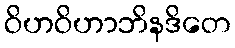
ဝိဟဝိဟာဘိနဒိတေ